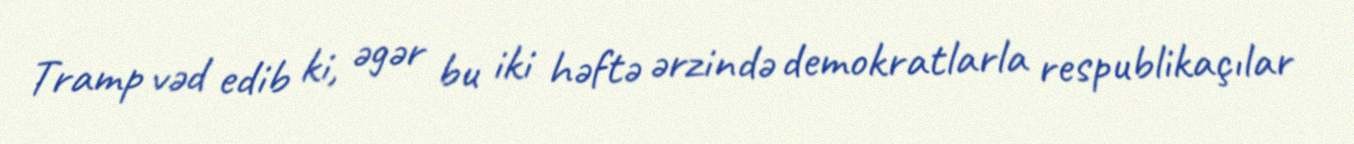
Tramp vəd edib ki, əgər bu iki həftə ərzində demokratlarla respublikaçılar